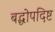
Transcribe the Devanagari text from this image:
बद्धोपदिष्ट